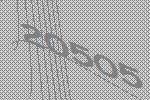
20505